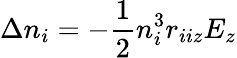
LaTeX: \Delta n_{i}=-\frac{1}{2}n_{i}^{3}r_{iiz}E_{z}